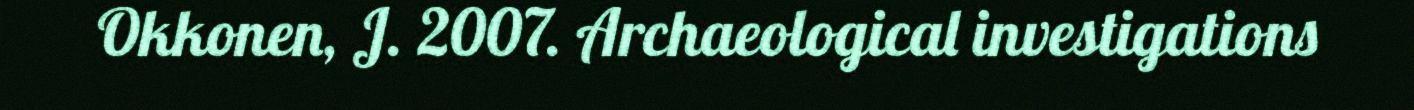
Okkonen, J. 2007. Archaeological investigations